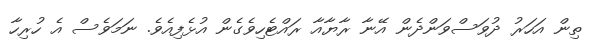
ތިން އަހަރު ދުވަސްވަންދެން އޭނާ ރާޔާއާ ރައްޓެހިވެގެން އުޅެފިއެވެ. ނަމަވެސް އެ ހުރިހާ